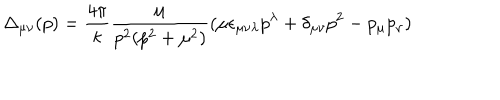
LaTeX: \Delta _ { \mu \nu } ( p ) = \frac { 4 \pi } { \kappa } \frac { \mu } { p ^ { 2 } ( p ^ { 2 } + \mu ^ { 2 } ) } ( \mu \epsilon _ { \mu \nu \lambda } p ^ { \lambda } + \delta _ { \mu \nu } p ^ { 2 } - p _ { \mu } p _ { \nu } )